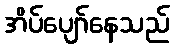
အိပ်ပျော်နေသည်